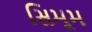
સિમૂમ